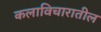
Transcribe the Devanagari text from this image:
कलाविचारातील